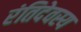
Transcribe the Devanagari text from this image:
रंतिदेवस्य